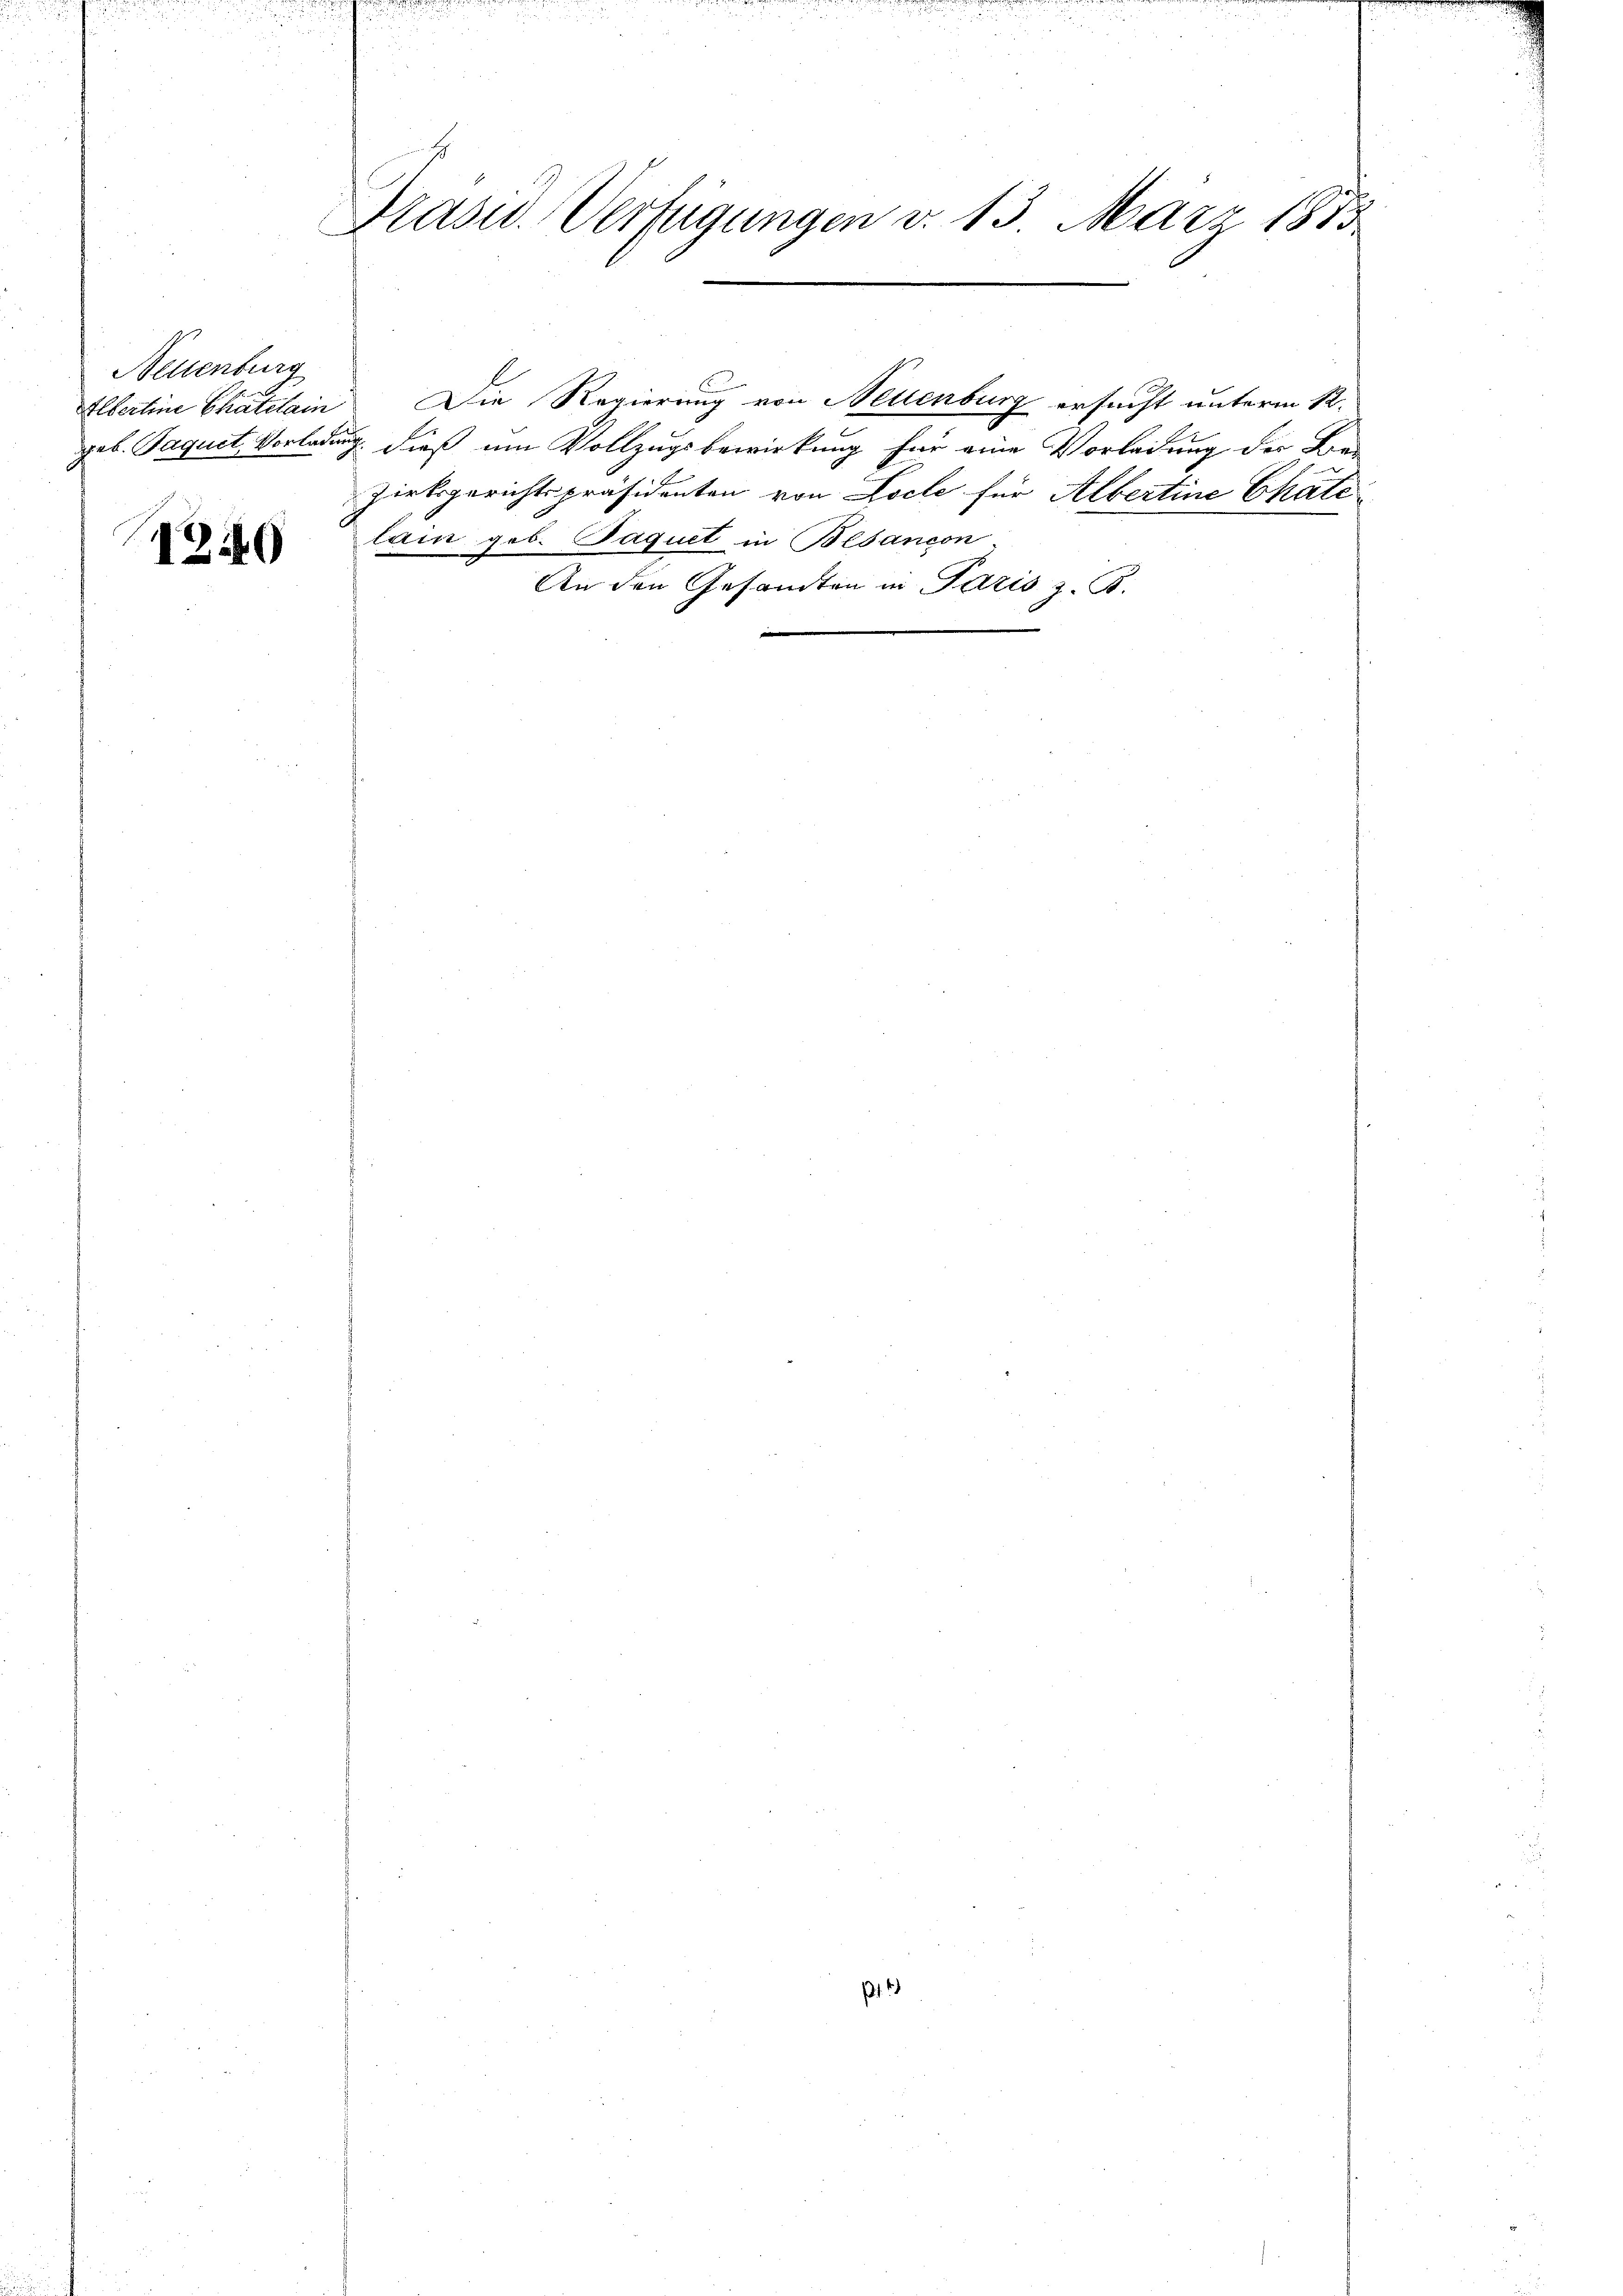
Neuenburg

1240

Prasw. Verfügungen v. 13. März 1875

Elbertine Chatelain Die Regierung von Neuenburg ersucht unterm 12.
geb. Paquet, Vorladung dieß um Vollzugsbewirkung für eine Vorladung der Be-
zirksgerichtspräsidenten von Loche für Albertine Chäte
lain geb. Paquet in Besancon-
An den Gesandten in Paris z. B.

p